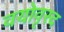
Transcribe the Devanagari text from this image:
वयोवृस्द